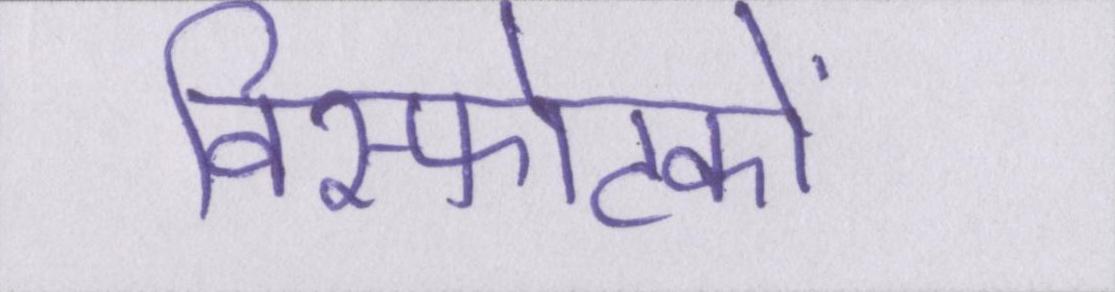
विस्फोटकों